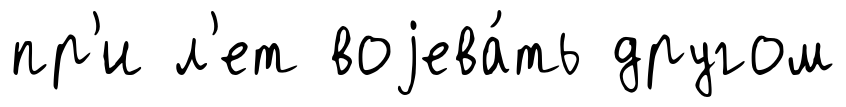
пр'и л'ет воjева́ть другом